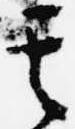
其